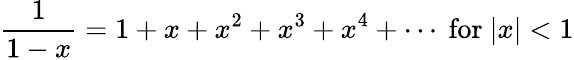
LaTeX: {\frac{1}{1-x}}=1+x+x^{2}+x^{3}+x^{4}+\cdots{\mathrm{~for~}}|x|<1